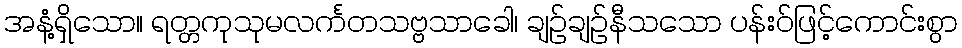
အနံ့ရှိသော။ ရတ္တကုသုမလင်္ကတသဗ္ဗသာခေါ၊ ချဉ်ချဉ်နီသသော ပန်းဝ်ဖြင့်ကောင်းစွာ